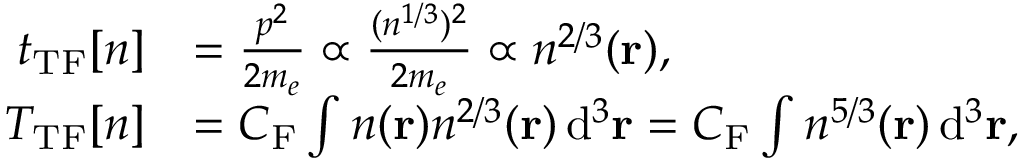
{ \begin{array} { r l } { t _ { \mathrm { T F } } [ n ] } & { = { \frac { p ^ { 2 } } { 2 m _ { e } } } \propto { \frac { ( n ^ { 1 / 3 } ) ^ { 2 } } { 2 m _ { e } } } \propto n ^ { 2 / 3 } ( \mathbf { r } ) , } \\ { T _ { \mathrm { T F } } [ n ] } & { = C _ { \mathrm { F } } \int n ( \mathbf { r } ) n ^ { 2 / 3 } ( \mathbf { r } ) \, \mathrm { d } ^ { 3 } \mathbf { r } = C _ { \mathrm { F } } \int n ^ { 5 / 3 } ( \mathbf { r } ) \, \mathrm { d } ^ { 3 } \mathbf { r } , } \end{array} }